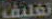
تغليف